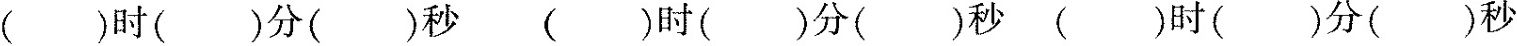
()时()分()秒()时()分()秒()时()分()秒